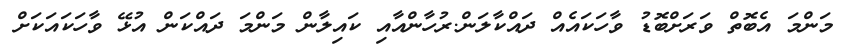
މަންމަ އެބޮތް ވަރަށްބޮޑު ވާހަކައެއް ދައްކާލަން.ރުހާންއާއި ކައިލާން މަންމަ ދައްކަން އުޅޭ ވާހަކައަކަށް